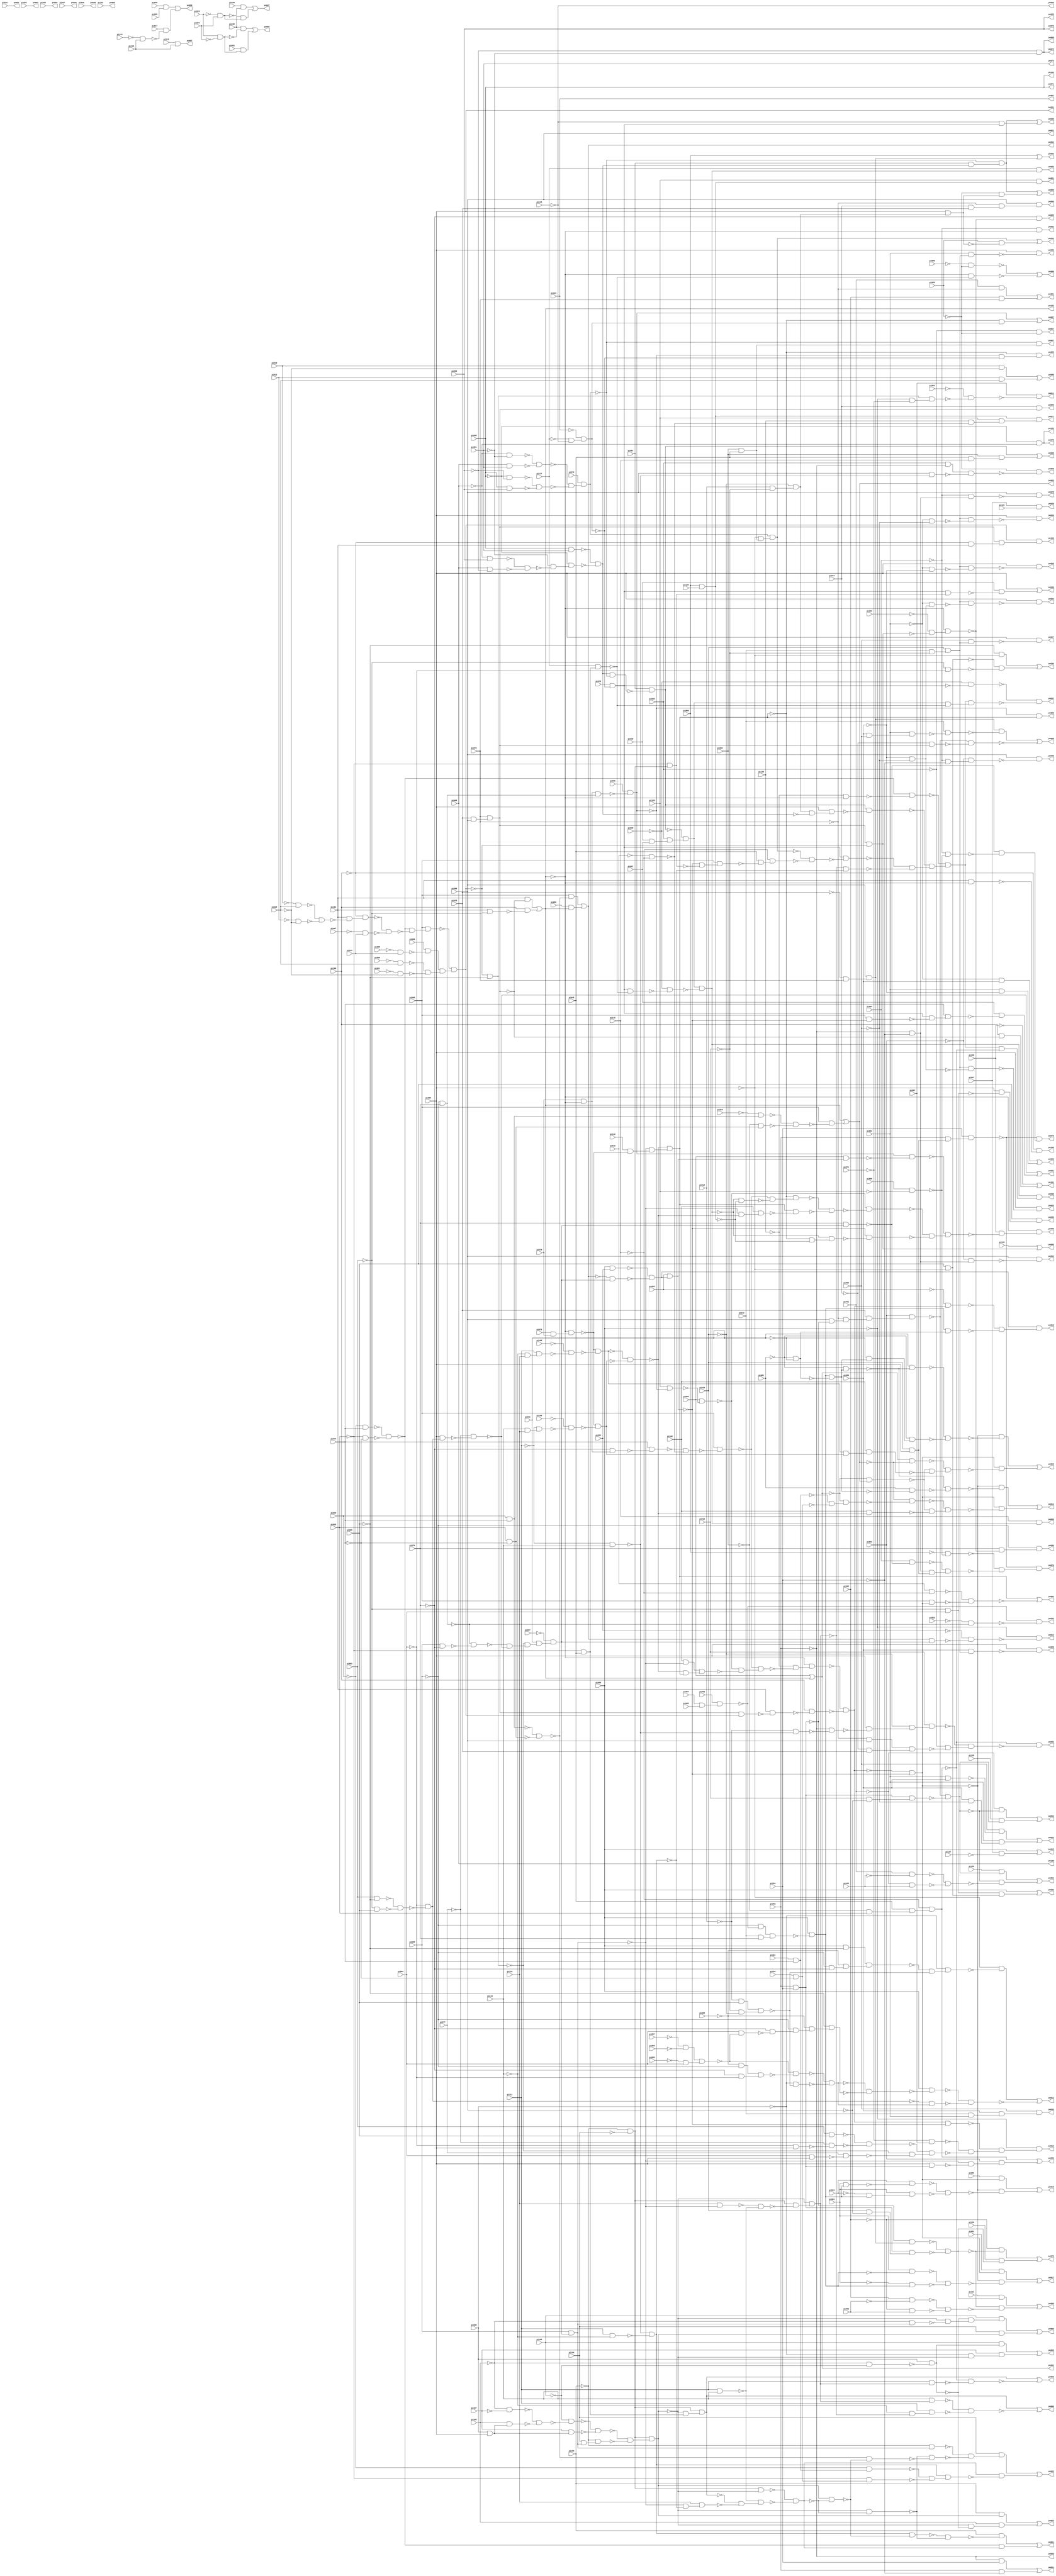
// Benchmark "rot" written by ABC on Sun Apr 22 21:43:12 2018

module rot ( 
    pi000, pi001, pi002, pi003, pi004, pi005, pi006, pi007, pi008, pi009,
    pi010, pi011, pi012, pi013, pi014, pi015, pi016, pi017, pi018, pi019,
    pi020, pi021, pi022, pi023, pi024, pi025, pi026, pi027, pi028, pi029,
    pi030, pi031, pi032, pi033, pi034, pi035, pi036, pi037, pi038, pi039,
    pi040, pi041, pi042, pi043, pi044, pi045, pi046, pi047, pi048, pi049,
    pi050, pi051, pi052, pi053, pi054, pi055, pi056, pi057, pi058, pi059,
    pi060, pi061, pi062, pi063, pi064, pi065, pi066, pi067, pi068, pi069,
    pi070, pi071, pi072, pi073, pi074, pi075, pi076, pi077, pi078, pi079,
    pi080, pi081, pi082, pi083, pi084, pi085, pi086, pi087, pi088, pi089,
    pi090, pi091, pi092, pi093, pi094, pi095, pi096, pi097, pi098, pi099,
    pi100, pi101, pi102, pi103, pi104, pi105, pi106, pi107, pi108, pi109,
    pi110, pi111, pi112, pi113, pi114, pi115, pi116, pi117, pi118, pi119,
    pi120, pi121, pi122, pi123, pi124, pi125, pi126, pi127, pi128, pi129,
    pi130, pi131, pi132, pi133, pi134,
    po000, po001, po002, po003, po004, po005, po006, po007, po008, po009,
    po010, po011, po012, po013, po014, po015, po016, po017, po018, po019,
    po020, po021, po022, po023, po024, po025, po026, po027, po028, po029,
    po030, po031, po032, po033, po034, po035, po036, po037, po038, po039,
    po040, po041, po042, po043, po044, po045, po046, po047, po048, po049,
    po050, po051, po052, po053, po054, po055, po056, po057, po058, po059,
    po060, po061, po062, po063, po064, po065, po066, po067, po068, po069,
    po070, po071, po072, po073, po074, po075, po076, po077, po078, po079,
    po080, po081, po082, po083, po084, po085, po086, po087, po088, po089,
    po090, po091, po092, po093, po094, po095, po096, po097, po098, po099,
    po100, po101, po102, po103, po104, po105, po106  );
  input  pi000, pi001, pi002, pi003, pi004, pi005, pi006, pi007, pi008,
    pi009, pi010, pi011, pi012, pi013, pi014, pi015, pi016, pi017, pi018,
    pi019, pi020, pi021, pi022, pi023, pi024, pi025, pi026, pi027, pi028,
    pi029, pi030, pi031, pi032, pi033, pi034, pi035, pi036, pi037, pi038,
    pi039, pi040, pi041, pi042, pi043, pi044, pi045, pi046, pi047, pi048,
    pi049, pi050, pi051, pi052, pi053, pi054, pi055, pi056, pi057, pi058,
    pi059, pi060, pi061, pi062, pi063, pi064, pi065, pi066, pi067, pi068,
    pi069, pi070, pi071, pi072, pi073, pi074, pi075, pi076, pi077, pi078,
    pi079, pi080, pi081, pi082, pi083, pi084, pi085, pi086, pi087, pi088,
    pi089, pi090, pi091, pi092, pi093, pi094, pi095, pi096, pi097, pi098,
    pi099, pi100, pi101, pi102, pi103, pi104, pi105, pi106, pi107, pi108,
    pi109, pi110, pi111, pi112, pi113, pi114, pi115, pi116, pi117, pi118,
    pi119, pi120, pi121, pi122, pi123, pi124, pi125, pi126, pi127, pi128,
    pi129, pi130, pi131, pi132, pi133, pi134;
  output po000, po001, po002, po003, po004, po005, po006, po007, po008, po009,
    po010, po011, po012, po013, po014, po015, po016, po017, po018, po019,
    po020, po021, po022, po023, po024, po025, po026, po027, po028, po029,
    po030, po031, po032, po033, po034, po035, po036, po037, po038, po039,
    po040, po041, po042, po043, po044, po045, po046, po047, po048, po049,
    po050, po051, po052, po053, po054, po055, po056, po057, po058, po059,
    po060, po061, po062, po063, po064, po065, po066, po067, po068, po069,
    po070, po071, po072, po073, po074, po075, po076, po077, po078, po079,
    po080, po081, po082, po083, po084, po085, po086, po087, po088, po089,
    po090, po091, po092, po093, po094, po095, po096, po097, po098, po099,
    po100, po101, po102, po103, po104, po105, po106;
  wire n243, n244, n245, n247, n248, n250, n251, n252, n253, n254, n255,
    n256, n257, n258, n259, n260, n261, n262, n263, n264, n265, n266, n267,
    n268, n269, n270, n271, n272, n273, n276, n277, n278, n279, n280, n281,
    n283, n284, n285, n287, n288, n289, n290, n291, n292, n293, n294, n295,
    n296, n297, n298, n299, n302, n303, n304, n305, n306, n307, n308, n309,
    n310, n311, n312, n313, n314, n315, n316, n317, n318, n319, n320, n321,
    n322, n323, n324, n325, n326, n327, n328, n329, n330, n331, n332, n333,
    n334, n335, n336, n337, n338, n339, n340, n341, n342, n343, n344, n345,
    n346, n347, n348, n349, n350, n351, n352, n353, n354, n355, n356, n357,
    n358, n359, n360, n361, n362, n363, n364, n365, n366, n367, n369, n370,
    n371, n373, n374, n375, n376, n377, n378, n379, n380, n381, n382, n383,
    n384, n385, n386, n387, n388, n389, n390, n391, n392, n393, n394, n395,
    n396, n397, n398, n399, n400, n402, n403, n405, n406, n407, n408, n409,
    n410, n411, n412, n413, n414, n415, n416, n417, n418, n419, n420, n421,
    n422, n423, n424, n425, n426, n427, n429, n430, n431, n432, n433, n434,
    n435, n436, n437, n438, n439, n441, n442, n443, n445, n446, n447, n448,
    n449, n451, n452, n453, n454, n455, n456, n457, n459, n462, n463, n465,
    n466, n467, n468, n470, n471, n472, n473, n474, n476, n478, n479, n481,
    n483, n484, n486, n488, n490, n491, n493, n495, n496, n497, n499, n501,
    n502, n503, n505, n506, n507, n508, n509, n510, n511, n512, n513, n514,
    n515, n516, n517, n518, n519, n520, n521, n522, n523, n524, n525, n526,
    n527, n528, n529, n530, n531, n532, n533, n534, n535, n536, n537, n538,
    n539, n540, n541, n542, n543, n544, n545, n546, n547, n548, n549, n550,
    n551, n552, n553, n554, n555, n556, n557, n558, n559, n560, n561, n562,
    n563, n564, n565, n566, n567, n568, n569, n570, n571, n572, n573, n575,
    n576, n577, n578, n579, n580, n581, n583, n584, n585, n587, n588, n590,
    n591, n592, n593, n595, n596, n597, n598, n599, n600, n601, n602, n603,
    n604, n607, n608, n610, n611, n613, n614, n616, n617, n618, n620, n621,
    n623, n624, n626, n627, n629, n630, n632, n633, n634, n635, n636, n638,
    n639, n640, n641, n642, n645, n646, n647, n650, n651, n652, n654, n655,
    n656, n657, n659, n660, n661, n662, n664, n665, n666, n667, n668, n669,
    n670, n671, n672, n673, n674, n675, n677, n678, n679, n680, n681, n682,
    n683, n684, n685, n686, n688, n689, n690, n691, n692, n694, n695, n696,
    n697, n698, n700, n701, n702, n704, n709, n710, n711, n712, n713, n714,
    n715, n717, n718, n719, n720, n721, n723, n724, n725, n727, n729, n730,
    n731, n732, n733, n734, n736, n737, n738, n739, n740, n745, n746, n747,
    n749, n752, n754, n755, n756, n757, n758, n759, n760, n761, n762, n763,
    n764, n765, n766, n767, n768, n769, n771, n772, n773, n775, n777, n778,
    n779, n782, n783, n786, n787, n789, n791;
  assign n243 = pi023 & ~pi024;
  assign n244 = pi030 & ~n243;
  assign n245 = pi061 & n243;
  assign po000 = n244 | n245;
  assign n247 = pi041 & ~pi076;
  assign n248 = pi062 & pi076;
  assign po001 = n247 | n248;
  assign n250 = pi075 & pi090;
  assign n251 = pi076 & n250;
  assign n252 = ~pi020 & pi044;
  assign n253 = ~pi033 & ~pi044;
  assign n254 = ~n252 & ~n253;
  assign n255 = ~pi010 & pi029;
  assign n256 = ~pi012 & ~pi029;
  assign n257 = ~n255 & ~n256;
  assign n258 = pi101 & ~n257;
  assign n259 = ~pi100 & n258;
  assign n260 = ~pi007 & pi124;
  assign n261 = ~n259 & ~n260;
  assign n262 = ~n254 & ~n261;
  assign n263 = pi098 & n262;
  assign n264 = ~pi008 & pi124;
  assign n265 = pi006 & ~n264;
  assign n266 = ~pi009 & pi029;
  assign n267 = ~pi011 & ~pi029;
  assign n268 = ~n266 & ~n267;
  assign n269 = n265 & n268;
  assign n270 = ~n263 & n269;
  assign n271 = pi101 & ~n251;
  assign n272 = pi101 & ~n270;
  assign n273 = pi100 & ~n272;
  assign po102 = n271 | n273;
  assign po002 = pi099 | po102;
  assign n276 = pi020 & pi044;
  assign n277 = ~pi019 & n276;
  assign n278 = pi033 & ~pi044;
  assign n279 = ~pi032 & n278;
  assign n280 = ~n277 & ~n279;
  assign n281 = pi098 & ~n280;
  assign po003 = po102 | n281;
  assign n283 = ~n276 & ~n278;
  assign n284 = pi098 & ~n283;
  assign n285 = pi080 & po102;
  assign po004 = n284 | n285;
  assign n287 = pi093 & pi094;
  assign n288 = pi090 & ~n287;
  assign n289 = ~pi076 & n288;
  assign n290 = pi075 & n289;
  assign n291 = pi043 & n290;
  assign n292 = ~pi075 & pi076;
  assign n293 = pi090 & n292;
  assign n294 = pi055 & pi056;
  assign n295 = pi054 & n294;
  assign n296 = pi013 & ~n295;
  assign n297 = n293 & ~n296;
  assign n298 = ~pi074 & n251;
  assign n299 = ~n291 & ~n298;
  assign po008 = n297 | ~n299;
  assign po009 = pi074 & n251;
  assign n302 = pi079 & ~po102;
  assign n303 = ~pi070 & n302;
  assign n304 = pi044 & ~n303;
  assign n305 = ~pi069 & pi070;
  assign n306 = n302 & n305;
  assign n307 = pi065 & ~n306;
  assign n308 = pi083 & ~pi085;
  assign n309 = ~pi083 & pi085;
  assign n310 = ~n308 & ~n309;
  assign n311 = ~pi084 & ~n310;
  assign n312 = ~pi083 & ~pi085;
  assign n313 = pi069 & ~pi070;
  assign n314 = ~n305 & ~n313;
  assign n315 = pi089 & n311;
  assign n316 = ~pi077 & ~n315;
  assign n317 = ~n314 & ~n316;
  assign n318 = ~n312 & n317;
  assign n319 = pi092 & n318;
  assign n320 = ~pi067 & n319;
  assign n321 = pi069 & n320;
  assign n322 = pi073 & pi079;
  assign n323 = ~po102 & n322;
  assign n324 = ~pi112 & pi116;
  assign n325 = pi111 & n324;
  assign n326 = ~pi108 & ~n325;
  assign n327 = ~n323 & ~n326;
  assign n328 = pi112 & pi116;
  assign n329 = ~pi111 & n328;
  assign n330 = ~pi109 & ~n329;
  assign n331 = ~n323 & ~n330;
  assign n332 = ~n327 & ~n331;
  assign n333 = pi110 & ~n323;
  assign n334 = ~n321 & n333;
  assign n335 = ~n332 & n334;
  assign n336 = ~pi018 & ~pi115;
  assign n337 = ~n304 & ~n336;
  assign n338 = pi098 & ~n337;
  assign n339 = pi128 & ~n307;
  assign n340 = pi099 & ~n339;
  assign n341 = pi102 & ~n321;
  assign n342 = ~n332 & n335;
  assign n343 = n341 & n342;
  assign n344 = ~n340 & ~n343;
  assign n345 = ~n338 & n344;
  assign n346 = ~pi129 & ~n345;
  assign n347 = ~po102 & n346;
  assign n348 = n251 & n270;
  assign n349 = pi101 & ~n348;
  assign n350 = pi100 & ~n349;
  assign n351 = ~n347 & ~n350;
  assign n352 = pi000 & pi031;
  assign n353 = ~po004 & n320;
  assign n354 = ~n352 & ~n353;
  assign n355 = pi095 & n354;
  assign n356 = n351 & ~n355;
  assign n357 = ~pi071 & pi097;
  assign n358 = pi083 & pi085;
  assign n359 = ~pi084 & pi089;
  assign n360 = ~pi077 & ~n359;
  assign n361 = ~n358 & ~n360;
  assign n362 = pi084 & pi089;
  assign n363 = pi077 & ~n362;
  assign n364 = ~n312 & ~n363;
  assign n365 = ~n361 & n364;
  assign n366 = ~n357 & ~n365;
  assign n367 = ~n356 & n366;
  assign po010 = ~pi000 & n367;
  assign n369 = ~pi000 & ~pi071;
  assign n370 = n312 & n369;
  assign n371 = ~pi052 & ~n370;
  assign po011 = pi097 & ~n371;
  assign n373 = pi000 & ~pi085;
  assign n374 = ~pi069 & ~pi070;
  assign n375 = ~pi068 & n374;
  assign n376 = n373 & n375;
  assign n377 = ~pi014 & pi085;
  assign n378 = ~pi015 & ~pi016;
  assign n379 = n377 & n378;
  assign n380 = ~n376 & ~n379;
  assign n381 = ~pi040 & n380;
  assign n382 = ~pi089 & ~n381;
  assign n383 = ~pi057 & ~pi058;
  assign n384 = ~pi059 & pi084;
  assign n385 = n383 & n384;
  assign n386 = ~pi068 & ~pi069;
  assign n387 = ~pi070 & ~pi084;
  assign n388 = n386 & n387;
  assign n389 = ~n385 & ~n388;
  assign n390 = ~pi040 & ~n379;
  assign n391 = ~n389 & ~n390;
  assign n392 = pi084 & ~n385;
  assign n393 = ~pi070 & ~n392;
  assign n394 = ~pi069 & n393;
  assign n395 = ~pi068 & n394;
  assign n396 = ~pi085 & n395;
  assign n397 = ~n391 & ~n396;
  assign n398 = pi000 & ~n397;
  assign n399 = ~n311 & n391;
  assign n400 = ~n398 & ~n399;
  assign po012 = n382 | ~n400;
  assign n402 = po004 & n320;
  assign n403 = ~pi031 & ~n402;
  assign po013 = ~pi000 & ~n403;
  assign n405 = ~n351 & ~n355;
  assign n406 = pi004 & pi005;
  assign n407 = pi003 & n406;
  assign n408 = ~pi069 & ~n407;
  assign n409 = pi013 & pi070;
  assign n410 = n408 & n409;
  assign n411 = pi000 & ~n410;
  assign n412 = ~pi091 & ~pi092;
  assign n413 = n411 & ~n412;
  assign n414 = ~pi091 & n413;
  assign n415 = pi091 & ~n413;
  assign n416 = ~n414 & ~n415;
  assign n417 = ~n405 & ~n416;
  assign n418 = pi021 & pi044;
  assign n419 = pi034 & ~pi044;
  assign n420 = ~n418 & ~n419;
  assign n421 = ~po002 & n420;
  assign n422 = ~po003 & ~n421;
  assign n423 = ~po002 & po003;
  assign n424 = pi102 & ~n332;
  assign n425 = ~n423 & ~n424;
  assign n426 = ~n422 & n425;
  assign n427 = n405 & ~n426;
  assign po014 = n417 | n427;
  assign n429 = pi092 & ~n414;
  assign n430 = ~pi092 & n413;
  assign n431 = ~pi091 & n430;
  assign n432 = ~n429 & ~n431;
  assign n433 = ~n405 & ~n432;
  assign n434 = po002 & ~po003;
  assign n435 = n327 & n331;
  assign n436 = pi102 & n435;
  assign n437 = ~n423 & ~n436;
  assign n438 = ~n434 & n437;
  assign n439 = n405 & ~n438;
  assign po015 = n433 | n439;
  assign n441 = ~pi095 & n351;
  assign n442 = n411 & n412;
  assign n443 = ~n441 & ~n442;
  assign po016 = n354 & n443;
  assign n445 = pi081 & n405;
  assign n446 = pi001 & ~n411;
  assign n447 = ~pi001 & n411;
  assign n448 = ~n446 & ~n447;
  assign n449 = ~n405 & ~n448;
  assign po017 = n445 | n449;
  assign n451 = pi082 & n405;
  assign n452 = pi001 & n411;
  assign n453 = pi002 & ~n452;
  assign n454 = ~pi002 & n411;
  assign n455 = pi001 & n454;
  assign n456 = ~n453 & ~n455;
  assign n457 = ~n405 & ~n456;
  assign po018 = n451 | n457;
  assign n459 = pi047 & ~pi127;
  assign po019 = pi000 | n459;
  assign po020 = pi047 & pi131;
  assign n462 = ~pi054 & pi055;
  assign n463 = pi054 & ~pi055;
  assign po022 = n462 | n463;
  assign n465 = pi054 & pi055;
  assign n466 = pi056 & ~n465;
  assign n467 = pi055 & ~pi056;
  assign n468 = pi054 & n467;
  assign po023 = n466 | n468;
  assign n470 = pi013 & ~pi015;
  assign n471 = pi016 & n470;
  assign n472 = ~pi055 & ~pi056;
  assign n473 = ~pi054 & n472;
  assign n474 = n471 & ~n473;
  assign po024 = pi089 & ~n474;
  assign n476 = n471 & ~n472;
  assign po025 = pi089 & ~n476;
  assign n478 = ~pi054 & ~pi056;
  assign n479 = n471 & ~n478;
  assign po026 = pi089 & ~n479;
  assign n481 = pi056 & n471;
  assign po027 = pi089 & ~n481;
  assign n483 = ~pi054 & ~pi055;
  assign n484 = n471 & ~n483;
  assign po028 = pi089 & ~n484;
  assign n486 = pi055 & n471;
  assign po029 = pi089 & ~n486;
  assign n488 = pi054 & n471;
  assign po030 = pi089 & ~n488;
  assign n490 = pi013 & pi054;
  assign n491 = pi055 & n490;
  assign po032 = pi056 & n491;
  assign n493 = ~pi053 & ~n305;
  assign po033 = ~n407 & ~n493;
  assign n495 = ~pi083 & pi084;
  assign n496 = pi085 & ~pi089;
  assign n497 = n495 & n496;
  assign po034 = pi000 | n497;
  assign n499 = ~pi089 & ~n495;
  assign po035 = pi085 & n499;
  assign n501 = ~pi085 & ~pi089;
  assign n502 = ~pi083 & ~pi084;
  assign n503 = ~n496 & ~n502;
  assign po036 = n501 | n503;
  assign n505 = pi014 & ~pi015;
  assign n506 = ~pi016 & n505;
  assign n507 = ~pi103 & ~pi104;
  assign n508 = ~pi105 & ~pi107;
  assign n509 = pi040 & pi089;
  assign n510 = pi105 & n509;
  assign n511 = ~n508 & ~n510;
  assign n512 = ~pi106 & ~n511;
  assign n513 = pi107 & n509;
  assign n514 = ~n512 & ~n513;
  assign n515 = pi104 & n321;
  assign n516 = ~pi103 & n515;
  assign n517 = ~n514 & ~n516;
  assign n518 = n507 & n517;
  assign n519 = pi116 & ~n321;
  assign n520 = pi111 & pi112;
  assign n521 = ~n519 & ~n520;
  assign n522 = n507 & ~n521;
  assign n523 = ~n518 & n522;
  assign n524 = pi048 & pi051;
  assign n525 = ~pi049 & pi050;
  assign n526 = pi049 & ~pi050;
  assign n527 = ~n525 & ~n526;
  assign n528 = ~pi051 & ~n527;
  assign n529 = ~pi048 & n528;
  assign n530 = ~n524 & ~n529;
  assign n531 = ~pi049 & ~pi051;
  assign n532 = pi049 & pi051;
  assign n533 = ~n531 & ~n532;
  assign n534 = ~pi048 & ~pi050;
  assign n535 = pi048 & pi050;
  assign n536 = ~n534 & ~n535;
  assign n537 = ~n533 & ~n536;
  assign n538 = pi072 & n537;
  assign n539 = n530 & ~n538;
  assign n540 = pi087 & ~n539;
  assign n541 = ~pi111 & pi112;
  assign n542 = pi111 & ~pi112;
  assign n543 = ~n541 & ~n542;
  assign n544 = ~pi117 & ~pi118;
  assign n545 = ~pi123 & n544;
  assign n546 = pi078 & ~n545;
  assign n547 = pi032 & pi045;
  assign n548 = ~pi089 & n547;
  assign n549 = n538 & n548;
  assign n550 = ~pi129 & ~po102;
  assign n551 = ~n254 & ~n550;
  assign n552 = n506 & ~n530;
  assign n553 = pi089 & n552;
  assign n554 = n540 & ~n553;
  assign n555 = ~pi033 & n507;
  assign n556 = ~n355 & ~n555;
  assign n557 = pi098 & n556;
  assign n558 = pi045 & ~n557;
  assign n559 = ~pi115 & n558;
  assign n560 = ~n549 & ~n559;
  assign n561 = n546 & ~n560;
  assign n562 = ~n523 & ~n543;
  assign n563 = ~n561 & ~n562;
  assign n564 = ~n554 & n563;
  assign n565 = ~n551 & n564;
  assign n566 = pi036 & pi037;
  assign n567 = pi038 & n566;
  assign n568 = ~n540 & n567;
  assign n569 = ~pi033 & pi045;
  assign n570 = pi117 & n569;
  assign n571 = ~pi035 & ~n546;
  assign n572 = n568 & ~n570;
  assign n573 = n565 & n572;
  assign po037 = ~n571 & ~n573;
  assign n575 = ~pi032 & pi033;
  assign n576 = pi045 & n575;
  assign n577 = ~pi115 & n576;
  assign n578 = n546 & ~n570;
  assign n579 = ~pi035 & ~n578;
  assign n580 = n568 & ~n579;
  assign n581 = n565 & ~n577;
  assign po038 = n580 & n581;
  assign n583 = pi087 & n530;
  assign n584 = ~n538 & n583;
  assign n585 = ~pi118 & n546;
  assign po039 = n584 | n585;
  assign n587 = n546 & n555;
  assign n588 = pi036 & ~n587;
  assign po040 = pi089 | n588;
  assign n590 = pi098 & ~n355;
  assign n591 = n546 & ~n590;
  assign n592 = pi044 & n591;
  assign n593 = pi037 & ~n592;
  assign po041 = ~n316 | n593;
  assign n595 = ~pi014 & ~n541;
  assign n596 = ~pi093 & ~n595;
  assign n597 = pi089 & ~n596;
  assign n598 = ~pi016 & n597;
  assign n599 = pi015 & n598;
  assign n600 = ~pi076 & pi090;
  assign n601 = ~pi074 & pi075;
  assign n602 = n600 & n601;
  assign n603 = ~pi038 & ~n602;
  assign n604 = ~n599 & n603;
  assign po042 = ~n577 & ~n604;
  assign po043 = pi117 & n580;
  assign n607 = pi089 & n506;
  assign n608 = pi088 & ~n607;
  assign po044 = n549 | n608;
  assign n610 = pi045 & pi115;
  assign n611 = pi032 & n610;
  assign po045 = n540 | n611;
  assign n613 = ~pi086 & ~pi088;
  assign n614 = ~po102 & ~n570;
  assign po046 = ~n613 | ~n614;
  assign n616 = ~pi023 & pi024;
  assign n617 = pi039 & ~n616;
  assign n618 = pi030 & n616;
  assign po047 = n617 | n618;
  assign n620 = ~pi064 & ~pi094;
  assign n621 = ~pi043 & n620;
  assign po048 = pi090 & ~n621;
  assign n623 = pi074 & pi075;
  assign n624 = ~pi076 & n623;
  assign po049 = pi090 & n624;
  assign n626 = ~pi093 & pi094;
  assign n627 = pi093 & ~pi094;
  assign po051 = n626 | n627;
  assign n629 = ~pi093 & ~pi094;
  assign n630 = ~pi043 & n629;
  assign po052 = pi090 & ~n630;
  assign n632 = pi015 & ~pi090;
  assign n633 = n287 & n632;
  assign n634 = ~n291 & ~n633;
  assign n635 = ~pi041 & ~n634;
  assign n636 = pi125 & n634;
  assign po053 = n635 | n636;
  assign n638 = pi126 & n634;
  assign n639 = pi041 & ~pi042;
  assign n640 = ~pi041 & pi042;
  assign n641 = ~n639 & ~n640;
  assign n642 = ~n634 & ~n641;
  assign po054 = n638 | n642;
  assign po055 = pi115 & n580;
  assign n645 = pi089 & n287;
  assign n646 = ~n321 & ~n645;
  assign n647 = pi043 & n646;
  assign po056 = n577 | n647;
  assign po057 = ~pi038 & ~pi088;
  assign n650 = pi038 & ~pi093;
  assign n651 = pi090 & ~n541;
  assign n652 = n650 & ~n651;
  assign po058 = ~pi088 & ~n652;
  assign n654 = ~n518 & n569;
  assign n655 = n507 & n654;
  assign n656 = pi111 & n523;
  assign n657 = ~n577 & ~n656;
  assign po059 = n655 | ~n657;
  assign n659 = pi112 & n523;
  assign n660 = ~pi112 & ~n523;
  assign n661 = pi111 & n660;
  assign n662 = ~n659 & ~n661;
  assign po060 = n655 | ~n662;
  assign n664 = n507 & ~n518;
  assign n665 = ~n321 & ~n543;
  assign n666 = pi116 & n665;
  assign n667 = ~n655 & ~n666;
  assign n668 = ~n520 & n667;
  assign n669 = ~n664 & ~n668;
  assign n670 = n518 & ~n669;
  assign n671 = n543 & ~n670;
  assign n672 = ~n518 & ~n669;
  assign n673 = ~n671 & ~n672;
  assign n674 = pi103 & ~n673;
  assign n675 = ~n254 & n669;
  assign po061 = n674 | n675;
  assign n677 = ~pi103 & n321;
  assign n678 = ~n283 & ~n670;
  assign n679 = ~n672 & ~n678;
  assign n680 = ~n677 & ~n679;
  assign n681 = pi104 & n680;
  assign n682 = ~pi020 & n418;
  assign n683 = ~pi033 & n419;
  assign n684 = ~n682 & ~n683;
  assign n685 = n543 & n684;
  assign n686 = n669 & ~n685;
  assign po062 = n681 | n686;
  assign n688 = ~pi105 & ~pi106;
  assign n689 = pi040 & ~n688;
  assign n690 = pi103 & n518;
  assign n691 = ~n518 & ~n689;
  assign n692 = pi105 & n691;
  assign po063 = n690 | n692;
  assign n694 = ~pi105 & n321;
  assign n695 = ~n518 & ~n694;
  assign n696 = ~n689 & n695;
  assign n697 = pi106 & n696;
  assign n698 = pi104 & n518;
  assign po064 = n697 | n698;
  assign n700 = pi106 & n689;
  assign n701 = ~pi040 & ~n518;
  assign n702 = pi107 & n701;
  assign po065 = n700 | n702;
  assign n704 = ~pi088 & n607;
  assign po066 = n584 | n704;
  assign po067 = ~n538 & n547;
  assign po068 = ~pi050 & ~pi051;
  assign po070 = ~pi048 & ~pi049;
  assign n709 = pi016 & pi089;
  assign n710 = pi093 & n709;
  assign n711 = pi094 & n710;
  assign n712 = pi070 & n320;
  assign n713 = pi066 & ~pi128;
  assign n714 = ~pi064 & ~n713;
  assign n715 = ~n712 & ~n714;
  assign po075 = ~n711 & n715;
  assign n717 = ~pi060 & ~n713;
  assign n718 = pi064 & ~n712;
  assign n719 = n629 & n709;
  assign n720 = ~n718 & n719;
  assign n721 = ~n717 & ~n720;
  assign po076 = ~n711 & n721;
  assign n723 = pi060 & pi134;
  assign n724 = pi129 & ~n336;
  assign n725 = pi128 & n724;
  assign po077 = n723 & n725;
  assign n727 = ~pi064 & n629;
  assign po078 = pi090 & ~n727;
  assign n729 = ~n287 & n293;
  assign n730 = pi016 & ~pi090;
  assign n731 = n287 & n730;
  assign n732 = ~n729 & ~n731;
  assign n733 = ~pi062 & ~n732;
  assign n734 = pi120 & n732;
  assign po079 = n733 | n734;
  assign n736 = pi121 & n732;
  assign n737 = pi062 & ~pi063;
  assign n738 = ~pi062 & pi063;
  assign n739 = ~n737 & ~n738;
  assign n740 = ~n732 & ~n739;
  assign po080 = n736 | n740;
  assign po081 = pi128 & n723;
  assign po082 = ~pi064 & ~po102;
  assign po083 = pi060 | n293;
  assign n745 = pi018 & ~pi115;
  assign n746 = pi098 & n405;
  assign n747 = ~n745 & ~n746;
  assign po084 = n335 | ~n747;
  assign n749 = ~n307 & ~n545;
  assign po085 = ~n335 & n749;
  assign po086 = ~n307 & n335;
  assign n752 = ~n335 & n545;
  assign po087 = n307 | n752;
  assign n754 = pi099 & n355;
  assign n755 = n307 & ~n754;
  assign n756 = ~n580 & ~n723;
  assign n757 = ~n338 & ~n756;
  assign n758 = ~n335 & n757;
  assign n759 = ~n321 & ~n332;
  assign n760 = pi102 & n759;
  assign n761 = n335 & ~n760;
  assign n762 = ~n758 & ~n761;
  assign n763 = ~n340 & ~n762;
  assign n764 = ~n335 & ~n723;
  assign n765 = ~n580 & n764;
  assign n766 = ~n355 & ~n765;
  assign n767 = ~n763 & ~n766;
  assign n768 = ~n755 & n767;
  assign n769 = pi130 & ~n768;
  assign po088 = ~po102 & n769;
  assign n771 = n251 & ~n270;
  assign n772 = ~pi133 & ~n771;
  assign n773 = ~po102 & n772;
  assign po089 = ~pi070 & ~n773;
  assign n775 = pi070 & ~n773;
  assign po090 = ~pi069 & n775;
  assign n777 = pi046 & pi096;
  assign n778 = ~pi114 & pi119;
  assign n779 = pi017 & ~n778;
  assign po096 = n777 | n779;
  assign po097 = pi113 & pi119;
  assign n782 = pi010 & ~pi029;
  assign n783 = pi012 & pi029;
  assign po098 = n782 | n783;
  assign po099 = pi132 | n771;
  assign n786 = ~pi100 & pi101;
  assign n787 = n251 & n786;
  assign po100 = n270 & n787;
  assign n789 = pi100 & ~n251;
  assign po101 = ~pi130 | n789;
  assign n791 = pi101 & ~po102;
  assign po106 = ~pi100 & ~n791;
  assign po006 = ~pi118;
  assign po050 = ~pi093;
  assign po005 = pi122;
  assign po007 = pi123;
  assign po021 = pi090;
  assign po031 = pi089;
  assign po069 = pi050;
  assign po071 = pi048;
  assign po072 = po068;
  assign po073 = pi050;
  assign po074 = pi051;
  assign po091 = pi022;
  assign po092 = pi025;
  assign po093 = pi026;
  assign po094 = pi027;
  assign po095 = pi028;
  assign po103 = po070;
  assign po104 = pi048;
  assign po105 = pi049;
endmodule